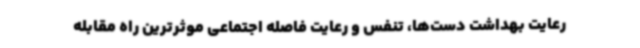
رعایت بهداشت دست‌ها، تنفس و رعایت فاصله اجتماعی موثرترین راه مقابله